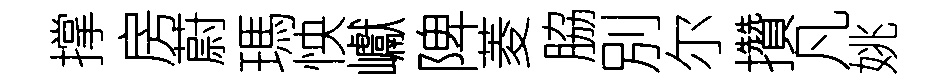
撑房蔚瑪怏巘陴菱脇別尔攢凡姚